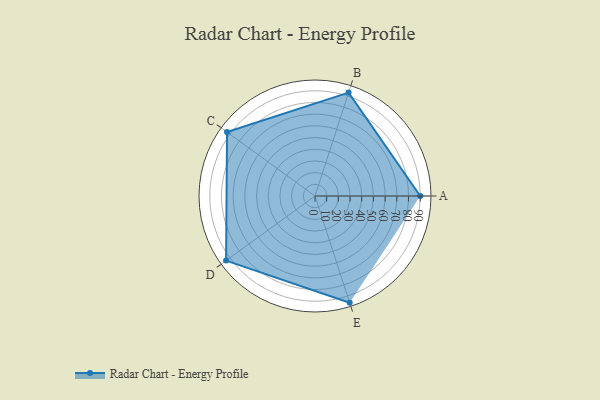
{"axis": {"x": "Skill", "y": "Score"}, "legend": ["Profile"], "data": [{"x": "A", "y": 90.0, "type": "Profile"}, {"x": "B", "y": 93.0, "type": "Profile"}, {"x": "C", "y": 93.0, "type": "Profile"}, {"x": "D", "y": 94.0, "type": "Profile"}, {"x": "E", "y": 96.0, "type": "Profile"}]}